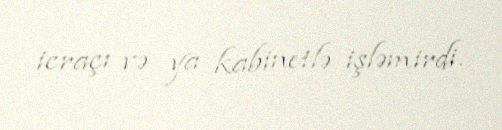
icraçı və ya kabinetlə işləmirdi.